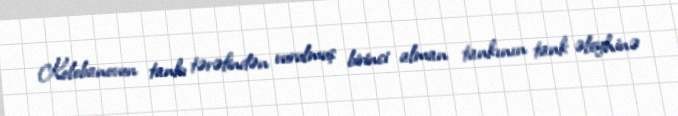
Kolobanovun tankı tərəfindən vurulmuş birinci alman tankının tank əleyhinə